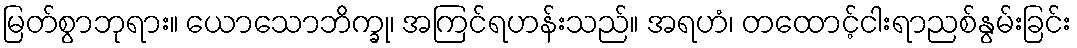
မြတ်စွာဘုရား။ ယောသောဘိက္ခု၊ အကြင်ရဟန်းသည်။ အရဟံ၊ တထောင့်ငါးရာညစ်နွမ်းခြင်း